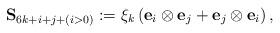
LaTeX: \begin{align*} \mathbf{S}_{6k+i+j+(i>0)}:=\xi_k\left(\mathbf{e}_i\otimes \mathbf{e}_j+\mathbf{e}_j\otimes \mathbf{e}_i\right),\end{align*}